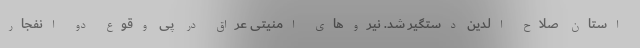
استان صلاح الدین دستگیر شد. نیروهای امنیتی عراق در پی وقوع دو انفجار